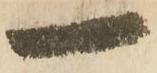
一